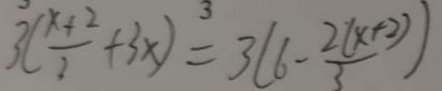
3 ( \frac { x + 2 } { 3 } + 3 x ) = 3 ( 6 - \frac { 2 ( x + 2 ) } { 3 } )